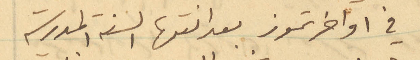
في اواخر تموز بعد انتها السنة المدرسية